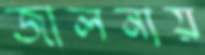
জালনায়